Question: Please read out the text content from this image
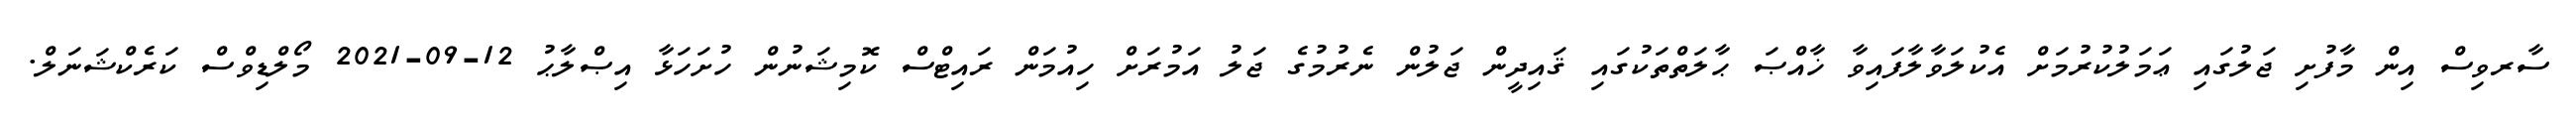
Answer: ސާރވިސް އިން މާފުށި ޖަލުގައި ޢަމަލުކުރުމަށް އެކުލަވާލާފައިވާ ޚާއްޞަ ޙާލަތްތަކުގައި ޤައިދީން ޖަލުން ނެރުމުގެ ޖަލު އަމުރަށް ހިއުމަން ރައިޓްސް ކޮމިޝަނުން ހުށަހަޅާ އިޞްލާޙު 12-09-2021 މޯލްޑިވްސް ކަރެކްޝަނަލް.